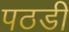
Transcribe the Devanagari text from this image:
पठडी